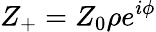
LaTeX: {Z_{+}}={Z_{0}}\rho{e^{i\phi}}